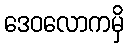
ဒေဝလောကမှိ